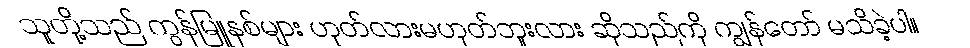
သူတို့သည် ကွန်မြူနစ်များ ဟုတ်လားမဟုတ်ဘူးလား ဆိုသည်ကို ကျွန်တော် မသိခဲ့ပါ။